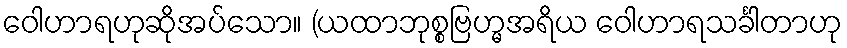
ဝေါဟာရဟုဆိုအပ်သော။ (ယထာဘုစ္စဗြဟ္မအရိယ ဝေါဟာရသင်္ခါတာဟု